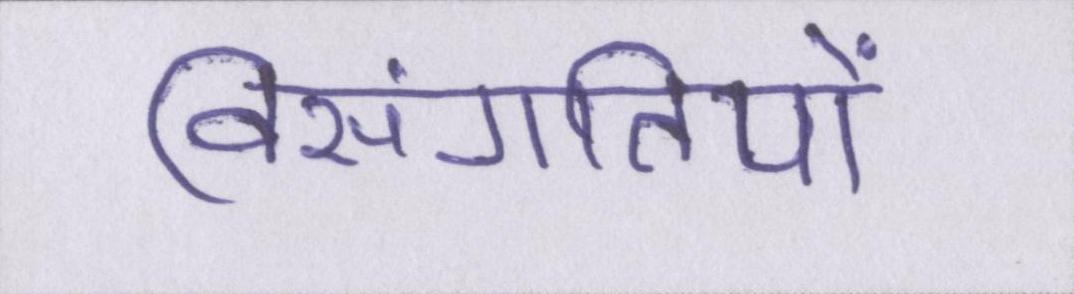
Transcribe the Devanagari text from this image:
विसंगतियों